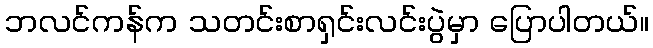
ဘလင်ကန်က သတင်းစာရှင်းလင်းပွဲမှာ ပြောပါတယ်။